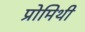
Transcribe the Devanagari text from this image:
प्रोमिथी